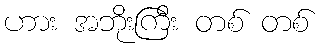
ဟား အဘိုးကြီး တစ် တစ်